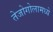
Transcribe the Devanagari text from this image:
तेजोगोलामध्ये